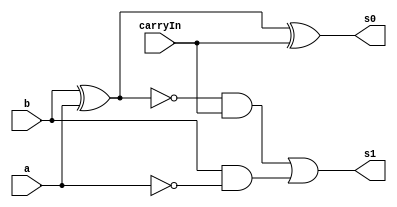
// ---------------------
// SUBTRATORES
// Nome: Marcos Antonio lommez Candido Ribeiro
// 25/09/2022
// ---------------------


// -------------------------
// full Sub
// -------------------------
module fullSub ( output s1, output s0, input a, input b, input carryIn );
    wire not_a;
    wire not_t;
    wire t0;
    wire t1;
    wire t2;
    wire t3;

    // half Sub
    not not1 ( not_a, a );
    and AND1 ( t0, b, not_a );
    xor XOR1 ( t1, b, a     );
    // carry Sub
    not not2 ( not_t, t1 );
    and AND2 ( t2, not_t, carryIn );
    xor XOR2 ( s0, t1,    carryIn );
    or  OR1  ( s1, t2,    t0      );
endmodule // fullSub


module test_fullSub;
    // ------------------------- definir dados
    reg [4:0] x;
    reg [4:0] y;
    wire [4:0] sub;
    wire w0;
    wire w1;
    wire w2;
    wire w3;
    wire w4;

    fullSub FA0 ( w0, sub[0], x[0], y[0], 1'b0 );
    fullSub FA1 ( w1, sub[1], x[1], y[1], w0   );
    fullSub FA2 ( w2, sub[2], x[2], y[2], w1   );
    fullSub FA3 ( w3, sub[3], x[3], y[3], w2   );
    fullSub FA4 ( w4, sub[4], x[4], y[4], w3   );

    // ------------------------- parte principal
    initial 
        begin
            $display("Ex0802 - Marcos Antonio Lommez - 771157");
            $display("---- 5 bits sub ----");

            // projetar testes do subtrator completo
            $display("  x     y          s  ");
            $monitor("%b %b      %b ", x, y, sub);
               x = 5'b00000; y = 5'b00000;
            #1 x = 5'b00000; y = 5'b00001;
            #1 x = 5'b11111; y = 5'b00011;
            #1 x = 5'b00111; y = 5'b11001;
            #1 x = 5'b00000; y = 5'b11111;
        end
endmodule // test_fullSub